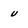
Character: u